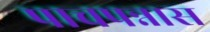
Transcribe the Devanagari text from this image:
पाचपन्नास